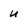
Character: U